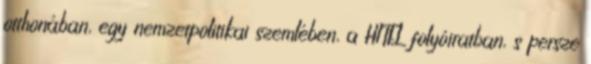
otthonában, egy nemzetpolitikai szemlében, a HITEL folyóiratban, s persze